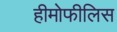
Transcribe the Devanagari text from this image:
हीमोफीलिस